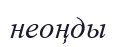
неоңды